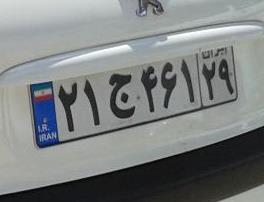
۲۱ج۴۶۱۲۹